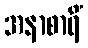
အနာစာရိံ